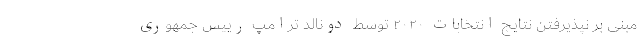
مبنی بر نپذیرفتن نتایج انتخابات ۲۰۲۰ توسط دونالد ترامپ رییس جمهوری